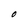
Character: O